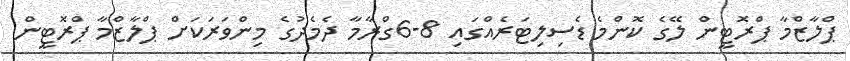
ޕްލާޒްމާ ޕްރޮޓީން ލޭގެ ކޮންމެ ޑެސިލިޓަރެއްގައި 8-6ގްރާމާ ދެމެދުގެ މިންވަރަކަށް ޕްލާޒްމާ ޕްރޮޓީން